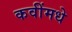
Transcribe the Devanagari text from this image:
कवींमधे